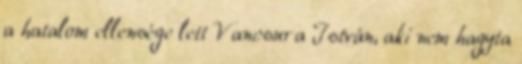
a hatalom ellensége lett Vancsura István, aki nem hagyta